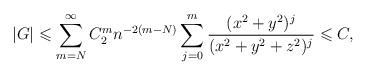
LaTeX: \begin{align*}|G| \leqslant \sum_{m=N}^{\infty} C_2^m n^{-2(m-N)} \sum_{j=0}^m \frac{(x^2+y^2)^j}{(x^2+y^2+z^2)^{j}} \leqslant C,\end{align*}